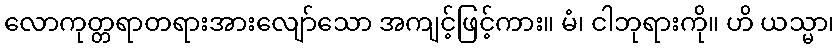
လောကုတ္တရာတရားအားလျော်သော အကျင့်ဖြင့်ကား။ မံ၊ ငါဘုရားကို။ ဟိ ယသ္မာ၊